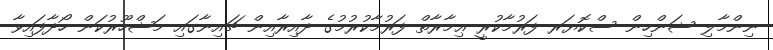
ނިންމާލި ޝަންހިން ސްކޮޔަރ ފަރުމާކުރީ ޢިމާރާތް ފަރުމާކުރުމުގެ ދާއިރާއިން ޗައިނާގައި މަޝްހޫރުކަން ހޯދާފައިވާ